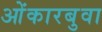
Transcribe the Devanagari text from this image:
ओंकारबुवा